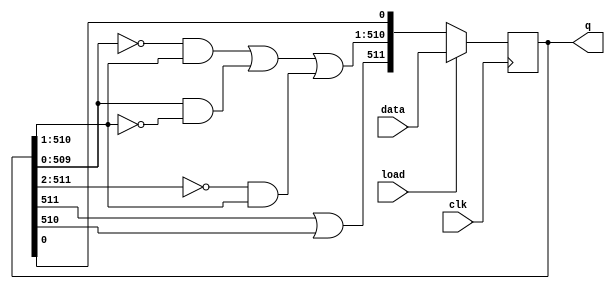
//
//
// https://hdlbits.01xz.net/wiki/Rule110
//
//

`default_nettype none


module top_module (
    input           clk,
    input           load,
    input   [511:0] data,
    output  [511:0] q
);

    reg     [511:0] q_reg;
    wire    [511:0] q_next;
    always @(posedge clk) begin
        if (load)
            q_reg <= data;
        else
            q_reg <= q_next;
    end

    //
    // C' = (~R & C) | (R & ~C) | (~L & C)
    //
    // Specially, C0' = C and C511' = C | R
    //
    localparam      BASE    = 1,
                    LIMIT   = 511;

    assign q_next = {q_reg[511] | q_reg[510],
                     ((~q_reg[LIMIT - 1 - 1:BASE - 1] &  q_reg[LIMIT - 1:BASE]) |
                      ( q_reg[LIMIT - 1 - 1:BASE - 1] & ~q_reg[LIMIT - 1:BASE]) |
                      (~q_reg[LIMIT - 1 + 1:BASE + 1] &  q_reg[LIMIT - 1:BASE])),
                     q_reg[0]};

    assign q = q_reg;

endmodule